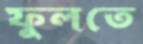
ফুলতে